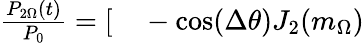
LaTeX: \begin{array}{rl}{\frac{P_{2\Omega}(t)}{P_{0}}=[}&{{}-\cos(\Delta\theta)J_{2}(m_{\Omega})}\end{array}